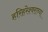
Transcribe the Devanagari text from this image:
हरिहरेश्वराच्या